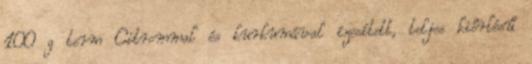
100 g term Citrommal és kurkumával ízesített, teljes kiőrlésű